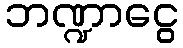
ဘဏ္ဍာငွေ